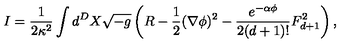
I = \frac { 1 } { 2 \kappa ^ { 2 } } \int d ^ { D } X \sqrt { - g } \left( R - \frac { 1 } { 2 } ( \nabla \phi ) ^ { 2 } - \frac { e ^ { - \alpha \phi } } { 2 ( d + 1 ) ! } F _ { d + 1 } ^ { 2 } \right) ,